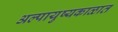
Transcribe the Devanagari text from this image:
अल्पायुष्यकाळात